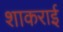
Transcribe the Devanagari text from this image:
शाकराई